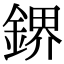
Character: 鎅